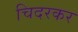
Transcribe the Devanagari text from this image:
चिदरकर